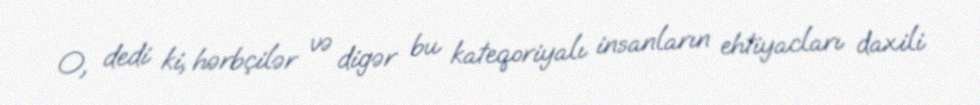
O, dedi ki, hərbçilər və digər bu kateqoriyalı insanların ehtiyacları daxili